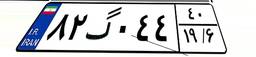
۳۴گ۳۱۴۶۱